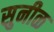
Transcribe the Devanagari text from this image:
सुनीळ